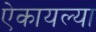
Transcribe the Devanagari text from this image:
ऐकायल्या